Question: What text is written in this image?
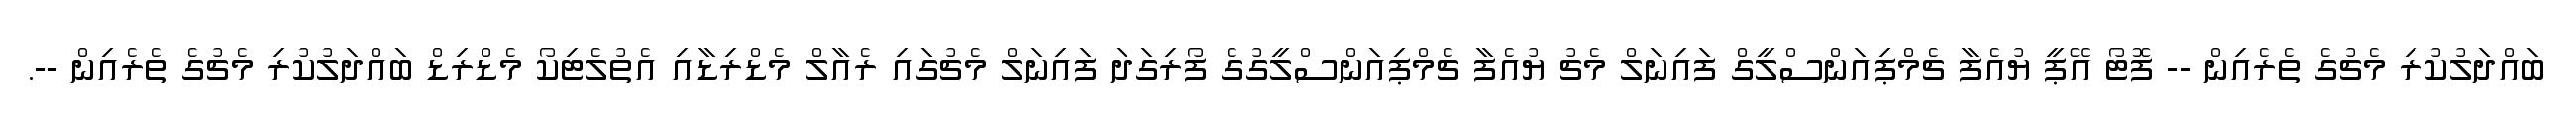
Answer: ބައްދަލުކުރި މެޗުގެ ތެރެއިން -- ފޮޓޯ އޭޕީ ޔުއެފާ ޗެމްޕިއަންސްލީގް ފައިނަލް މެޗު ޔުއެފާ ޗެމްޕިއަންސްލީގުގެ ފޯރިގަދަ ފައިނަލް މެޗުގައި ރެއާލް މެޑްރިޑާއި އެތުލެޓިކޯ މެޑްރިޑް ބައްދަލުކުރި މެޗުގެ ތެރެއިން --.